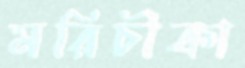
মরিচীকা